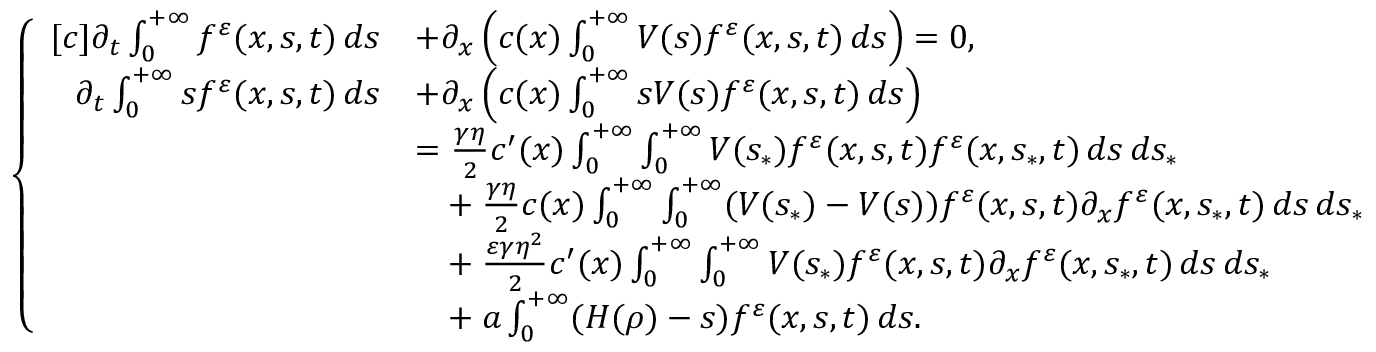
\begin{array} { r } { \left\{ \begin{array} { r l } { [ c ] \partial _ { t } \int _ { 0 } ^ { + \infty } f ^ { \varepsilon } ( x , s , t ) \, d s } & { + \partial _ { x } \left( c ( x ) \int _ { 0 } ^ { + \infty } V ( s ) f ^ { \varepsilon } ( x , s , t ) \, d s \right) = 0 , } \\ { \partial _ { t } \int _ { 0 } ^ { + \infty } s f ^ { \varepsilon } ( x , s , t ) \, d s } & { + \partial _ { x } \left( c ( x ) \int _ { 0 } ^ { + \infty } s V ( s ) f ^ { \varepsilon } ( x , s , t ) \, d s \right) } \\ & { = \frac { \gamma \eta } { 2 } c ^ { \prime } ( x ) \int _ { 0 } ^ { + \infty } \int _ { 0 } ^ { + \infty } V ( s _ { \ast } ) f ^ { \varepsilon } ( x , s , t ) f ^ { \varepsilon } ( x , s _ { \ast } , t ) \, d s \, d s _ { \ast } } \\ & { \phantom { = } + \frac { \gamma \eta } { 2 } c ( x ) \int _ { 0 } ^ { + \infty } \int _ { 0 } ^ { + \infty } ( V ( s _ { \ast } ) - V ( s ) ) f ^ { \varepsilon } ( x , s , t ) \partial _ { x } f ^ { \varepsilon } ( x , s _ { \ast } , t ) \, d s \, d s _ { \ast } } \\ & { \phantom { = } + \frac { \varepsilon \gamma \eta ^ { 2 } } { 2 } c ^ { \prime } ( x ) \int _ { 0 } ^ { + \infty } \int _ { 0 } ^ { + \infty } V ( s _ { \ast } ) f ^ { \varepsilon } ( x , s , t ) \partial _ { x } f ^ { \varepsilon } ( x , s _ { \ast } , t ) \, d s \, d s _ { \ast } } \\ & { \phantom { = } + a \int _ { 0 } ^ { + \infty } ( H ( \rho ) - s ) f ^ { \varepsilon } ( x , s , t ) \, d s . } \end{array} \right. } \end{array}